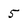
Character: 5